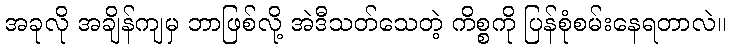
အခုလို အချိန်ကျမှ ဘာဖြစ်လို့ အဲဒီသတ်သေတဲ့ ကိစ္စကို ပြန်စုံစမ်းနေရတာလဲ။